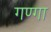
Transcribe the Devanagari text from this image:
गण्गा